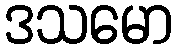
ဒသမော